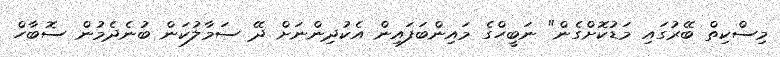
މިސްކިތް ބޭރުގައި މަޑުކޮށްގެން" ނަބީހްގެ މައިންބަފައިން އެކުދިންނަށް ދޭ ސަމާލުކަން ބުނެދެމުން ސޮބާހް